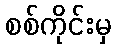
စစ်ကိုင်းမှ